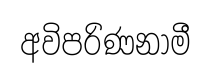
අවිපරිණනාමී